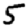
Digit: 5